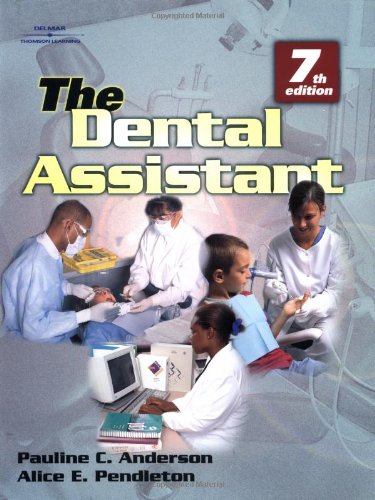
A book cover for The Dental Assistant; Alice E. Pendleton; Medical Books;